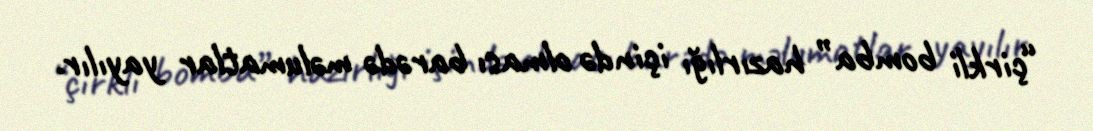
“çirkli bomba” hazırlığı içində olması barədə məlumatlar yayılır.